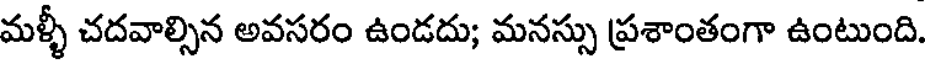
మళ్ళీ చదవాల్సిన అవసరం ఉండదు; మనస్సు ప్రశాంతంగా ఉంటుంది.